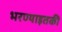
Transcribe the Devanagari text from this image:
भरण्याइतकी